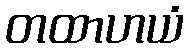
တထာဟယံ